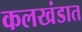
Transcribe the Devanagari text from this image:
कलखंडात